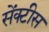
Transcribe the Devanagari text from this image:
सेंक्टीस